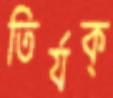
তির্যক্‌